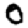
Digit: 0